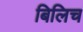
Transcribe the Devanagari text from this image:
बिलिच